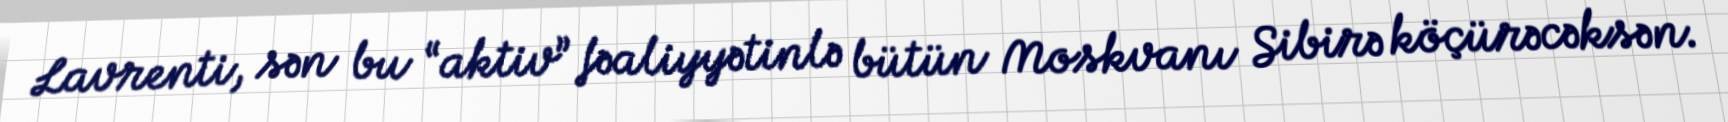
Lavrenti, sən bu “aktiv” fəaliyyətinlə bütün Moskvanı Sibirə köçürəcəksən.